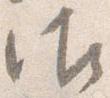
御